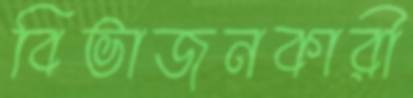
বিভাজনকারী